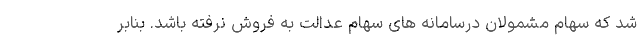
شد که سهام مشمولان درسامانه های سهام عدالت به فروش نرفته باشد. بنابر